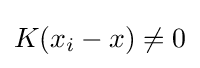
K(x_{i}-x)\neq 0